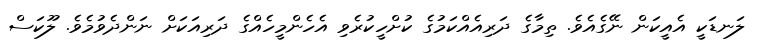
ލަނޑަކީ އެއީކަން ނޭގެއެވެ. ތިމާގެ ދަރިއެއްކަމުގެ ކުށްހީކުރެވި އެހެންމީހެއްގެ ދަރިއަކަށް ނަންދެވުމެވެ. ލޫކަސް